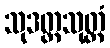
သုဒတ္တသုတ္တံ